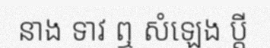
នាង ទាវ ឮ សំឡេង ប្តី